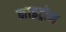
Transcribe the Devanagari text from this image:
नाइट्रोन